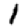
Digit: 1